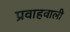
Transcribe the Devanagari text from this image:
प्रवाहवाली